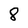
Character: 8